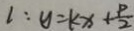
1 : y = k x + \frac { P } { 2 }